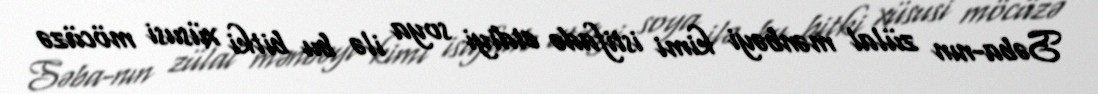
Səba-nın zülal mənbəyi kimi istifadə etdiyi soya ilə bu bitki xüsusi möcüzə